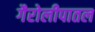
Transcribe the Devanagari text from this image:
गैरोलीपातल